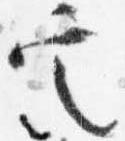
定